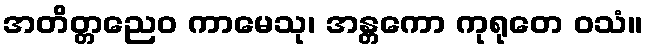
အတိတ္တညေဝ ကာမေသု၊ အန္တကော ကုရုတေ ဝသံ။